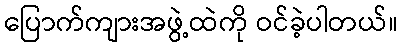
ပြောက်ကျားအဖွဲ့ထဲကို ဝင်ခဲ့ပါတယ်။